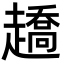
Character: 趫